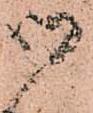
御